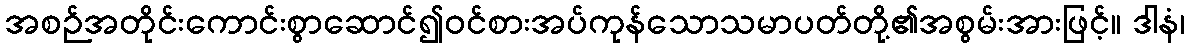
အစဉ်အတိုင်းကောင်းစွာဆောင်၍ဝင်စားအပ်ကုန်သောသမာပတ်တို့၏အစွမ်းအားဖြင့်။ ဒါနံ၊